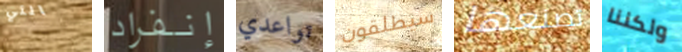
التي إنفراد تواعدي سيطلقون تصنعها ولكننا